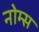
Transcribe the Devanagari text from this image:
नोम्स